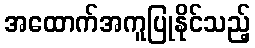
အထောက်အကူပြုနိုင်သည့်